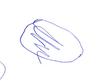
Signature authenticity: forged